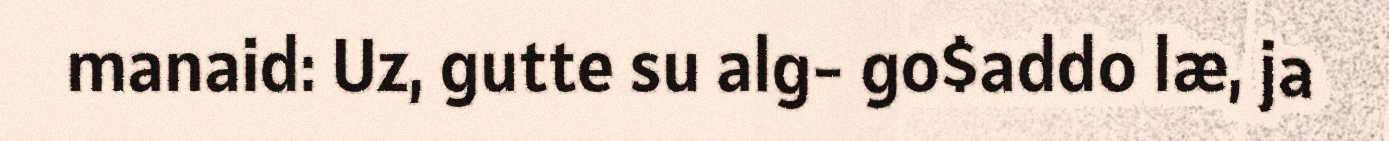
manaid: Uz, gutte su alg- go$addo læ, ja